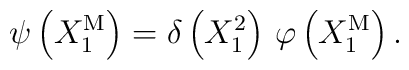
\psi \left( X_{1}^{\mathrm{M}}\right) =\delta \left( X_{1}^{2}\right)\,\varphi \left( X_{1}^{\mathrm{M}}\right) .